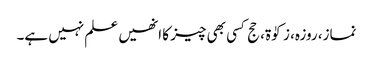
نماز، روزہ، زکوٰۃ، حج کسی بھی چیز کا انھیں علم نہیں ہے۔